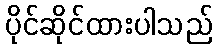
ပိုင်ဆိုင်ထားပါသည်